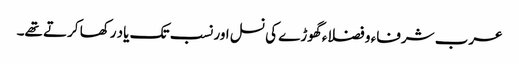
عرب شرفاء و فضلاء گھوڑے کی نسل اور نسب تک یاد رکھا کرتے تھے۔